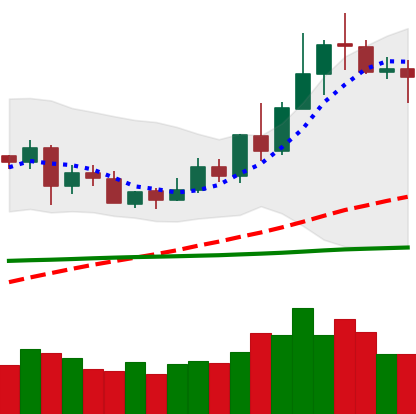
Ticker: XLM-USD
Chart end date: 2020-06-07
Forward return: -7.558%
Label: down_7plus